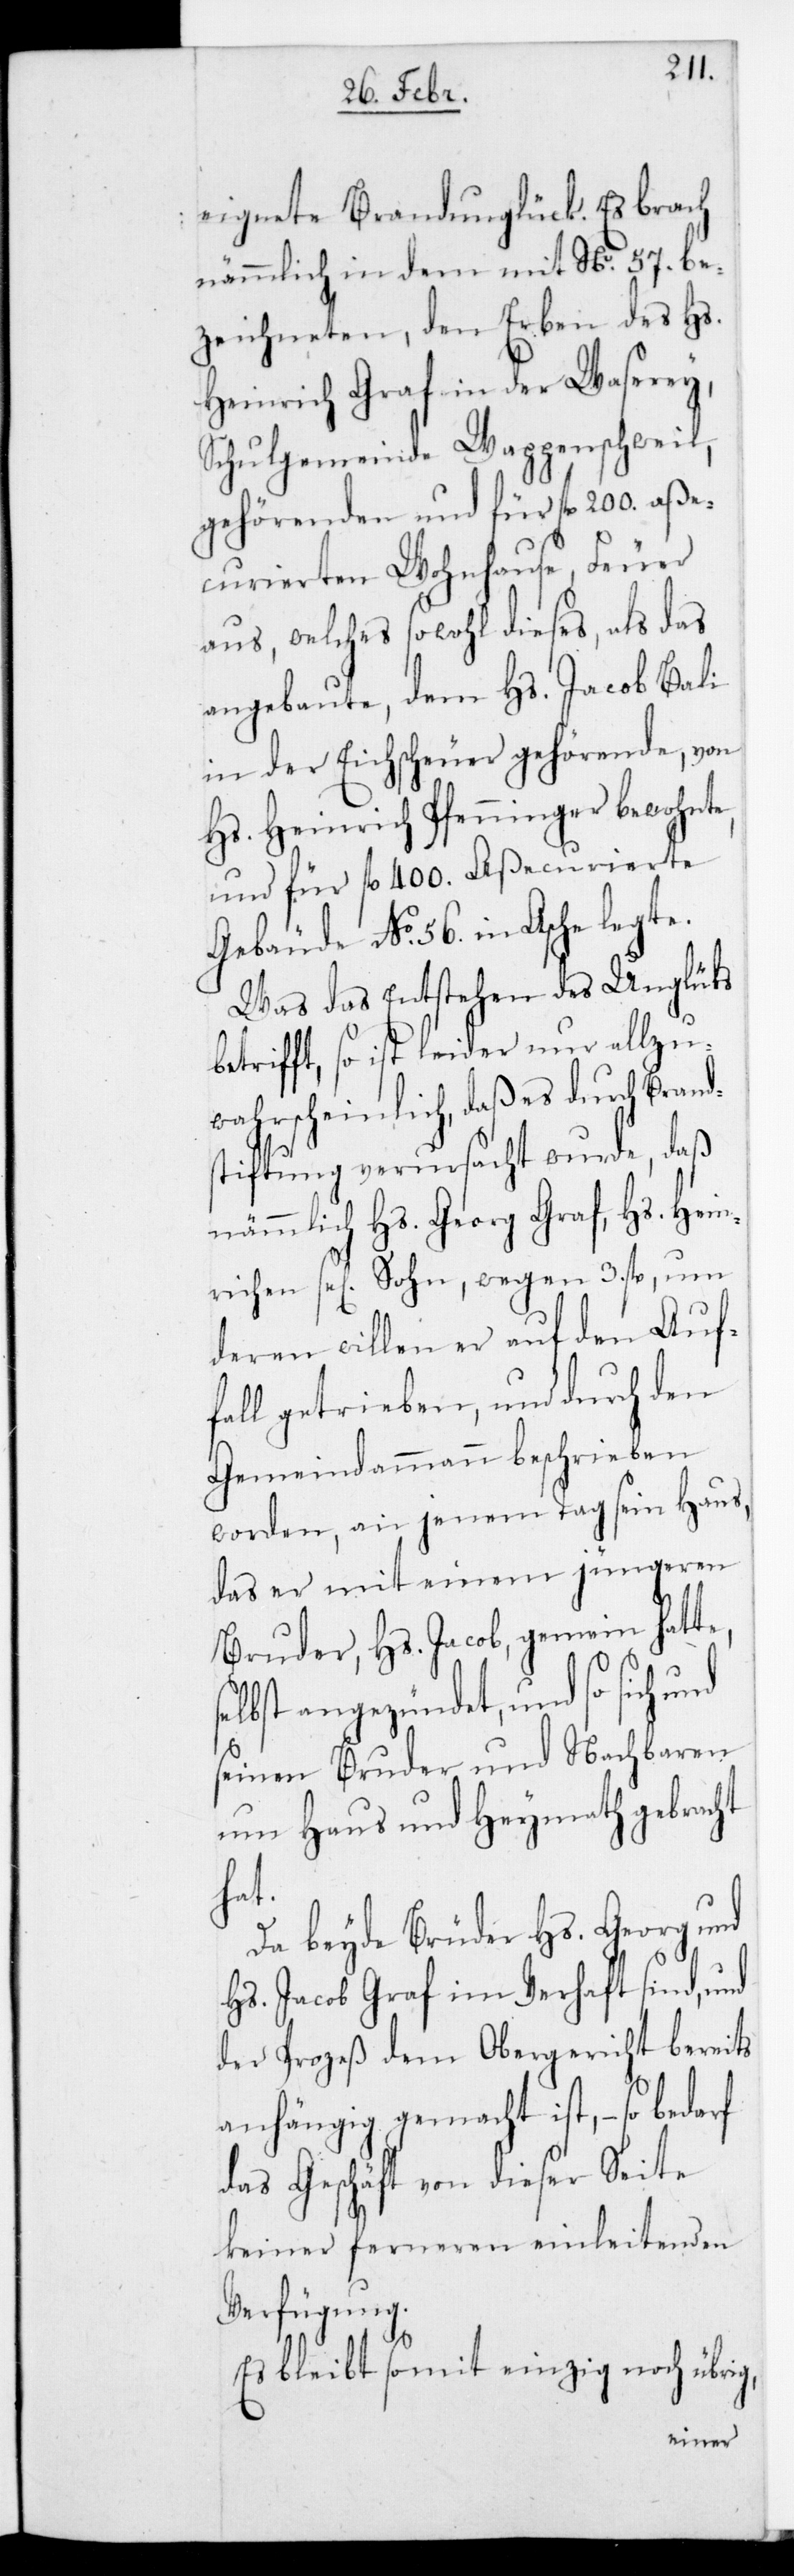
eignete Brandunglück. Es brach
nämmlich in dem mit No. 57. be¬
zeichneten, den Erben des Hs.
Heinrich Graf in der Waserei,
Schulgemeinde Wappenschweil,
gehörenden und für fl. 200. aße¬
curierten Wohnhause, Feuer
aus, welches sowohl dieses, als das
angebaute, dem Hs. Jacob Bali
in der Eichscheuer gehörende, von
Hs. Heinrich Pfenninger bewohnte,
und für fl. 400. aßecurierte
Gebäude No. 56. in Asche legte.
Was das Entstehen des Unglücks
betrifft, so ist leider nur allzu
wahrscheinlich, daß es durch Brand¬
stiftung verursacht wurde, daß
nämmlich Hs. Georg Graf, Hs. Hein¬
richen se[lig] Sohn, wegen 3. fl., um
deren willen er auf den Auf¬
fall getrieben, und durch den
Gemeindammann beschrieben
worden, an jenem Tag sein Haus,
das er mit einem jüngeren
Bruder, Hs. Jacob gemein hatte,
lbst angezündet und so sich und
seinen Bruder und Nachbaren
um Haus und Heymath gebracht
hat.
Da beyde Brüder Hs. Georg und
Hs. Jacob Graf im Verhaft sind, und
der Prozeß dem Obergericht bereits
anhängig gemacht ist, – so
das Geschäft von dieser Seite
keiner ferneren einleitenden
Verfügung.
Es bleibt somit einzig noch übrig,